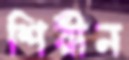
শিরীন